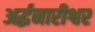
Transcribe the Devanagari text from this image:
अर्द्धनारीश्वर